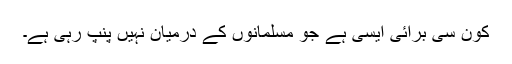
کون سی برائی ایسی ہے جو مسلمانوں کے درمیان نہیں پنپ رہی ہے۔